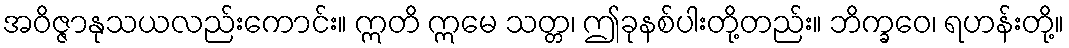
အဝိဇ္ဇာနုသယလည်းကောင်း။ ဣတိ ဣမေ သတ္တ၊ ဤခုနစ်ပါးတို့တည်း။ ဘိက္ခဝေ၊ ရဟန်းတို့။